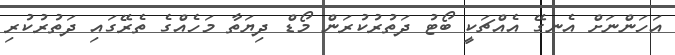
އަހަންނަށް އެނގޭ އެއްޗަކީ ބޯޓު ދަތުރުކުރަން މޯޑް ދިޔަތާ މަހެއްގެ ތެރޭގައި ދަތުރުކުރި